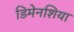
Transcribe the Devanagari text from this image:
डिमेनशिया